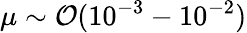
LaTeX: \mu\sim\mathcal{O}(10^{-3}-10^{-2})